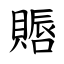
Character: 䞅